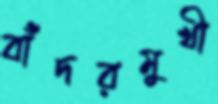
বাঁদরমুখী